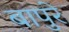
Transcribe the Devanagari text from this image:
बापुरे